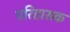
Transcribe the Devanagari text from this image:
परिहासक